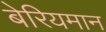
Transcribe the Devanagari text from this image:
बेरियमान